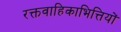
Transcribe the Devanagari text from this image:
रक्तवाहिकाभित्तियों